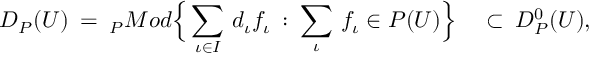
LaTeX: { \cal D } _ { \cal P } ( U ) \: = \: _ { \cal P } M o d \Big \{ \sum _ { \iota \in I } \, d _ { \iota } f _ { \iota } \: : \: \sum _ { \iota } \, f _ { \iota } \in { \cal P } ( U ) \Big \} \quad \subset \: { \cal D } _ { \cal P } ^ { 0 } ( U ) ,